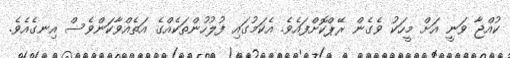
ކުއްޖާ ވަނީ އަށް މީހަކު ވެގެން ރޭޕްކޮށްފައެވެ. އެކަމުގައި ފުލުހުންތަކެއްގެ އަތެއްވާކަންވެސް އިނގެއެވެ.